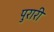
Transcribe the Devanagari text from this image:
पुरारी